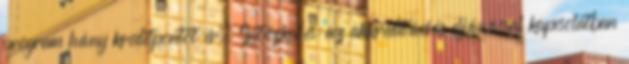
program hány kreditpontot ér. Intézkedés: az akkreditációs eljárással kapcsolatban